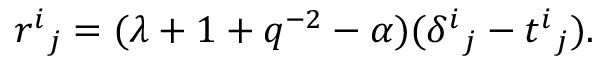
{ r ^ { i } } _ { j } = ( \lambda + 1 + q ^ { - 2 } - \alpha ) ( { \delta ^ { i } } _ { j } - { t ^ { i } } _ { j } ) .